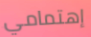
إهتمامي